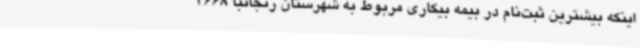
اینکه بیشترین ثبت‌نام در بیمه بیکاری مربوط به شهرستان زنجانبا 3668